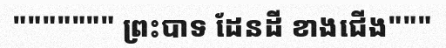
""""""" ព្រះបាទ ដែនដី ខាងជើង"""